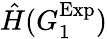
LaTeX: \hat{H}({G_{1}^{\mathrm{Exp}}})